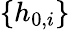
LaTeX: \{ h_{0,i}\}